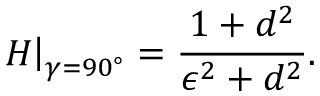
\left. H \right| _ { \gamma = 9 0 ^ { \circ } } = \frac { 1 + d ^ { 2 } } { \epsilon ^ { 2 } + d ^ { 2 } } .